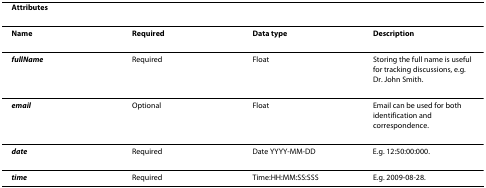
<table><thead><tr><td><b>Attributes</b></td><td></td><td></td><td></td></tr></thead><tbody><tr><td><b>Name</b></td><td><b>Required</b></td><td><b>Data type</b></td><td><b>Description</b></td></tr><tr><td><b><i>fullName</i></b></td><td>Required</td><td>Float</td><td>Storing the full name is useful for tracking discussions, e.g. Dr. John Smith.</td></tr><tr><td><b><i>email</i></b></td><td>Optional</td><td>Float</td><td>Email can be used for both identification and correspondence.</td></tr><tr><td><b><i>date</i></b></td><td>Required</td><td>Date YYYY-MM-DD</td><td>E.g. 12:50:00:000.</td></tr><tr><td><b><i>time</i></b></td><td>Required</td><td>Time:HH:MM:SS:SSS</td><td>E.g. 2009-08-28.</td></tr></tbody></table>